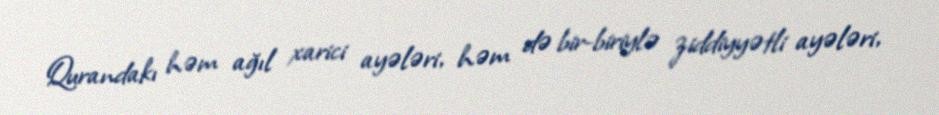
Qurandakı həm ağıl xarici ayələri, həm də bir-biriylə ziddiyyətli ayələri,